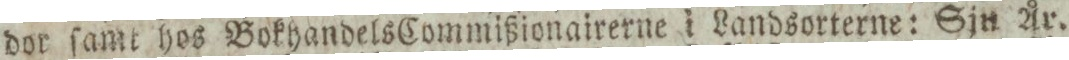
dor ſamt hos Bokhandels Commißionairerne i Landsorterne: Sjn År.